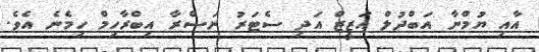
އާއި ޔުމްނާ އަބްދުލް އަޒީޒް އަދި ސެޓަރު ނަސްރާ އިބްރާހިމް ހިމެނެ އެވެ.